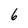
Character: 6